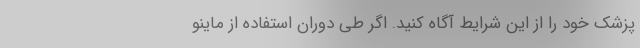
پزشک خود را از این شرایط آگاه کنید. اگر طی دوران استفاده از ماینو